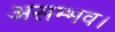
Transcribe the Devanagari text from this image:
असम्भव।